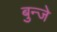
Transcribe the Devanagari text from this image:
बुन्जे